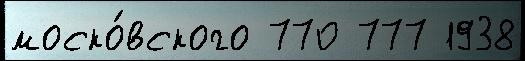
моско́вского 770 777 1938